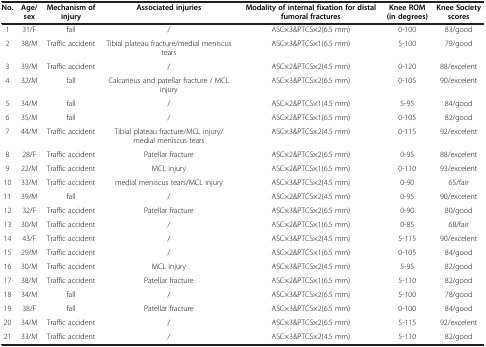
<table><thead><tr><td><b>No.</b></td><td><b>Age/sex</b></td><td><b>Mechanism of injury</b></td><td><b>Associated injuries</b></td><td><b>Modality of internal fixation for distal fumoral fractures</b></td><td><b>Knee ROM (in degrees)</b></td><td><b>Knee Society scores</b></td></tr></thead><tbody><tr><td>1</td><td>31/F</td><td>fall</td><td>/</td><td>ASC×3&amp;PTCS×2(6.5 mm)</td><td>0-100</td><td>83/good</td></tr><tr><td>2</td><td>38/M</td><td>Traffic accident</td><td>Tibial plateau fracture/medial meniscus tears</td><td>ASC×3&amp;PTCS×1(6.5 mm)</td><td>5-100</td><td>79/good</td></tr><tr><td>3</td><td>39/M</td><td>Traffic accident</td><td>/</td><td>ASC×2&amp;PTCS×2(4.5 mm)</td><td>0-120</td><td>88/excelent</td></tr><tr><td>4</td><td>32/M</td><td>fall</td><td>Calcaneus and patellar fracture / MCL injury</td><td>ASC×3&amp;PTCS×2(6.5 mm)</td><td>0-105</td><td>90/excelent</td></tr><tr><td>5</td><td>34/M</td><td>fall</td><td>/</td><td>ASC×2&amp;PTCS×1(4.5 mm)</td><td>5-95</td><td>84/good</td></tr><tr><td>6</td><td>35/M</td><td>fall</td><td>/</td><td>ASC×2&amp;PTCS×1(6.5 mm)</td><td>0-105</td><td>82/good</td></tr><tr><td>7</td><td>44/M</td><td>Traffic accident</td><td>Tibial plateau fracture/MCL injury/ medial meniscus tears</td><td>ASC×3&amp;PTCS×2(4.5 mm)</td><td>0-115</td><td>92/excelent</td></tr><tr><td>8</td><td>28/F</td><td>Traffic accident</td><td>Patellar fracture</td><td>ASC×2&amp;PTCS×2(6.5 mm)</td><td>0-95</td><td>88/excelent</td></tr><tr><td>9</td><td>22/M</td><td>Traffic accident</td><td>MCL injury</td><td>ASC×2&amp;PTCS×1(6.5 mm)</td><td>0-110</td><td>93/excelent</td></tr><tr><td>10</td><td>33/M</td><td>Traffic accident</td><td>medial meniscus tears/MCL injury</td><td>ASC×3&amp;PTCS×2(4.5 mm)</td><td>0-90</td><td>65/fair</td></tr><tr><td>11</td><td>39/M</td><td>fall</td><td>/</td><td>ASC×2&amp;PTCS×2(4.5 mm)</td><td>0-95</td><td>90/excelent</td></tr><tr><td>12</td><td>32/F</td><td>Traffic accident</td><td>Patellar fracture</td><td>ASC×3&amp;PTCS×2(6.5 mm)</td><td>0-90</td><td>80/good</td></tr><tr><td>13</td><td>30/M</td><td>Traffic accident</td><td>/</td><td>ASC×2&amp;PTCS×1(6.5 mm)</td><td>0-85</td><td>68/fair</td></tr><tr><td>14</td><td>43/F</td><td>Traffic accident</td><td>/</td><td>ASC×3&amp;PTCS×2(4.5 mm)</td><td>5-115</td><td>90/excelent</td></tr><tr><td>15</td><td>29/M</td><td>Traffic accident</td><td>/</td><td>ASC×2&amp;PTCS×1(6.5 mm)</td><td>0-105</td><td>84/good</td></tr><tr><td>16</td><td>30/M</td><td>Traffic accident</td><td>MCL injury</td><td>ASC×3&amp;PTCS×2(4.5 mm)</td><td>5-95</td><td>82/good</td></tr><tr><td>17</td><td>38/M</td><td>Traffic accident</td><td>Patellar fracture</td><td>ASC×2&amp;PTCS×1(6.5 mm)</td><td>5-110</td><td>82/good</td></tr><tr><td>18</td><td>34/M</td><td>fall</td><td>/</td><td>ASC×3&amp;PTCS×2(6.5 mm)</td><td>5-100</td><td>78/good</td></tr><tr><td>19</td><td>38/F</td><td>fall</td><td>Patellar fracture</td><td>ASC×3&amp;PTCS×2(6.5 mm)</td><td>0-100</td><td>84/good</td></tr><tr><td>20</td><td>34/M</td><td>Traffic accident</td><td>/</td><td>ASC×3&amp;PTCS×2(6.5 mm)</td><td>5-115</td><td>92/excelent</td></tr><tr><td>21</td><td>33/M</td><td>Traffic accident</td><td>/</td><td>ASC×3&amp;PTCS×2(4.5 mm)</td><td>5-110</td><td>82/good</td></tr></tbody></table>